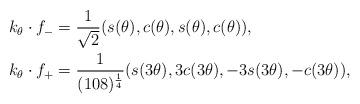
LaTeX: \begin{align*} k_\theta \cdot f_{-} &= \frac{1}{\sqrt{2}}(s(\theta), c(\theta), s(\theta), c(\theta)),\\ k_\theta \cdot f_{+} &= \frac{1}{(108)^{\frac{1}{4}}}(s(3\theta), 3c(3\theta), -3s(3\theta), -c(3\theta)),\end{align*}